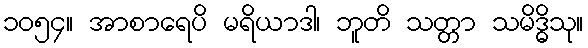
၁၀၅၄။ အာစာရေပိ မရိယာဒါ၊ ဘူတိ သတ္တာ သမိဒ္ဓိသု။